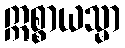
ဣစ္စာယသ္မာ